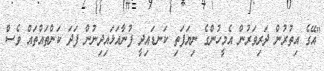
"އޭގެ އިތުރުން ދަރިވަރުން އެމީހުންގެ ނިޔަފަތި ކަނޑައިދީ ފުނާއަޅައިދިނުން ފަދަ ކަންތައްތައް ވެސް